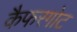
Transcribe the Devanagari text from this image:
कैफरगोट